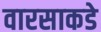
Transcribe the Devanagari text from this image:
वारसाकडे